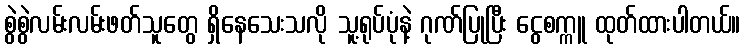
စွဲစွဲလမ်းလမ်းဖတ်သူတွေ ရှိနေသေးသလို သူ့ရုပ်ပုံနဲ့ ဂုဏ်ပြုပြီး ငွေစက္ကူ ထုတ်ထားပါတယ်။